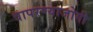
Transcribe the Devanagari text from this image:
वापरण्याजोगी